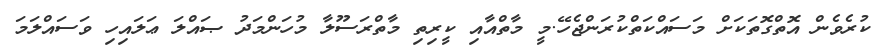
ކުރެވެން އޮތްގޮތަކަށް މަސައްކަތްކުރަންޖެހޭ.މީ މާތްއާއި ކީރިތި މާތްރަސޫލާ މުހަންމަދު ޞައްލަ ޢަލައިހި ވަސައްލަމަ